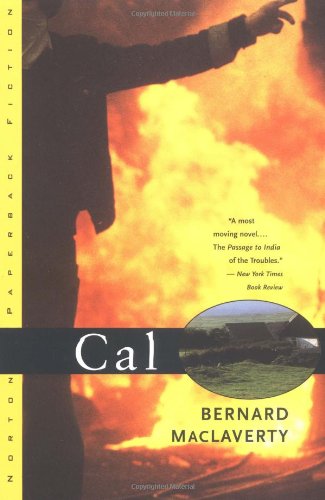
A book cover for Cal: A Novel; Bernard MacLaverty; Romance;